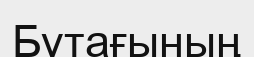
Бұтағының